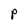
Character: P